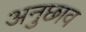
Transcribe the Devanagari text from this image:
अनुछाव